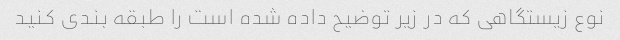
نوع زیستگاهی که در زیر توضیح داده شده است را طبقه بندی کنید